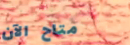
متاح الآن